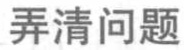
弄清问题